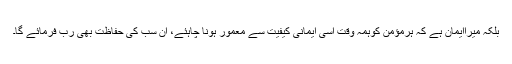
بلکہ میراایمان ہے کہ ہرمؤمن کوہمہ وقت اسی ایمانی کیفیت سے معمور ہونا چاہئے، ان سب کی حفاظت بھی رب فرمائے گا۔